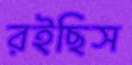
রইছিস